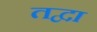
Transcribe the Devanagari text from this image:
तद्वा